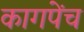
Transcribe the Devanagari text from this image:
कागपेंच